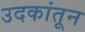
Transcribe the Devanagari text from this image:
उदकांतून